Vaccination in Bombay 1924-1928 - 1924-1928
Year: 1924
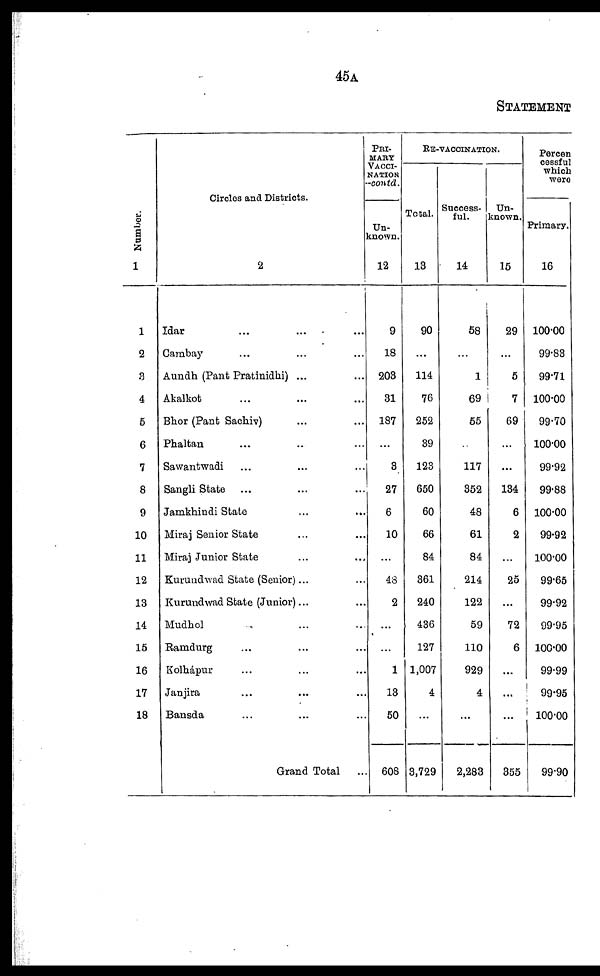
45A
STATEMENT
Number.
1
1
2
3
4
5
6
7
8
9
10
11
12
13
14
15
16
17
18
Circles and Districts.
2
Idar ... ... ...
Cambay ... ... ...
Aundh (Pant Pratinidhi) ... ...
Akalkot ... ... ...
Bhor (Pant Sachiv) ... ... ...
Phaltan ... ... ...
Sawantwadi ... ... ...
Sangli State ... ... ...
Jamkhindi State ... ...
Miraj Senior State ... ...
Miraj Junior State ... ...
Kurundwad State (Senior)... ...
Kurundwad State (Junior)... ...
Mudhol ... ... ...
Ramdurg ... ... ...
Kolhápur ... ... ...
Janjira ... ... ...
Bansda ... ... ...
Grand Total ...
PRI¬
----
VACCI¬
------
-contd.
Un-
known.
12
9
18
203
31
187
...
8
27
6
10
...
48
2
...
...
1
13
50
608
RE-VACCINATION.
Total.
13
90
...
114
76
252
39
123
650
60
66
84
361
240
436
127
1,007
4
...
3,729
Success-
ful.
14
58
...
1
69
55
...
117
352
48
61
84
214
122
59
110
929
4
...
2,283
Un-
known.
15
29
...
5
7
69
...
...
134
6
2
...
25
...
72
6
...
...
...
355
Percen
cessful
which
were
Primary.
16
100.00
99.83
99.71
100.00
99.70
100.00
99.92
99.88
100.00
99.92
100.00
99.65
99.92
99.95
100.00
99.99
99.95
100.00
99.90